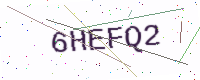
Text: 6HEFQ2